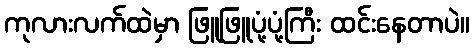
ကုလားလက်ထဲမှာ ဖြူဖြူပုံ့ပုံ့ကြီး ထင်းနေတာပဲ။